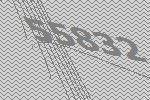
55832